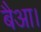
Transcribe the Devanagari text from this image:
बैआ।